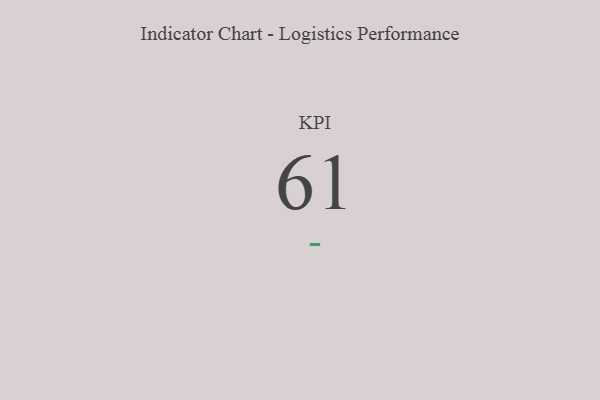
{"axis": {"x": "KPI", "y": "Value"}, "legend": [""], "data": [{"x": "KPI", "y": 61, "type": ""}]}